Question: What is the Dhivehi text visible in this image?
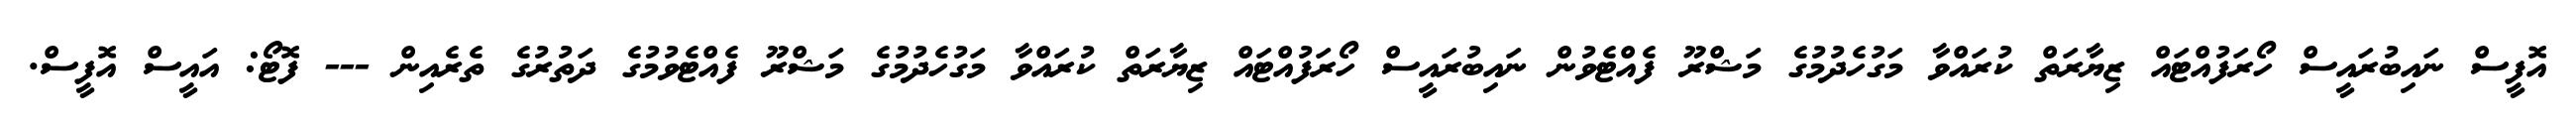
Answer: އޮފީސް ނައިބުރައީސް ހޯރަފުއްޓައް ޒިޔާރަތް ކުރައްވާ މަގުހެދުމުގެ މަޝްރޫ ފެއްޓެވުން ނައިބުރައީސް ހޯރަފުއްޓައް ޒިޔާރަތް ކުރައްވާ މަގުހެދުމުގެ މަޝްރޫ ފެއްޓެވުމުގެ ދަތުރުގެ ތެރެއިން --- ފޮޓޯ: އައީސް އޮފީސް.